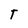
Character: T